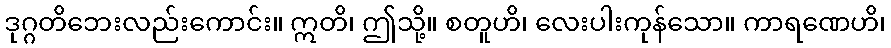
ဒုဂ္ဂတိဘေးလည်းကောင်း။ ဣတိ၊ ဤသို့။ စတူဟိ၊ လေးပါးကုန်သော။ ကာရဏေဟိ၊